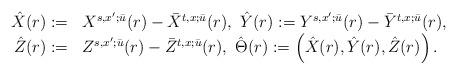
LaTeX: \begin{align*}\begin{array}[c]{rl}\hat{X}(r):= & X^{s,x^{\prime};\bar{u}}(r)-\bar{X}^{t,x;\bar{u}}(r),\ \hat{Y}(r):= Y^{s,x^{\prime};\bar{u}}(r)-\bar{Y}^{t,x;\bar{u}}(r),\\\hat{Z}(r):= & Z^{s,x^{\prime};\bar{u}}(r)-\bar{Z}^{t,x;\bar{u}}(r),\ \hat{\Theta}(r):= \left( \hat{X}(r),\hat{Y}(r),\hat{Z}(r)\right) .\end{array}\end{align*}